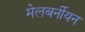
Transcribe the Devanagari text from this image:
मेलबर्नीयन